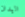
اليدان